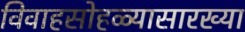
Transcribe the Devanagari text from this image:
विवाहसोहळ्यासारख्या